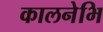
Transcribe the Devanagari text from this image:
कालनेभि